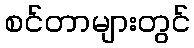
စင်တာများတွင်